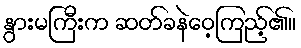
နွားမကြီးက ဆတ်ခနဲဝေ့ကြည့်၏။